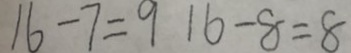
1 6 - 7 = 9 1 6 - 8 = 8